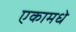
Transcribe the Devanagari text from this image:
एकामधे